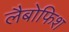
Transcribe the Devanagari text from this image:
लैबोफिश